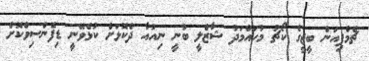
ޗެމްޕިއަން ބީޖީގެ ކޯޗު މުހައްމަދު ޝާޒްލީ ބުނީ ނިއުއާ ދެކޮޅަށް ކުޅެވޭނީ ޑިފެންސިވްކޮށް